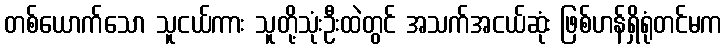
တစ်ယောက်သော သူငယ်ကား သူတို့သုံးဦးထဲတွင် အသက်အငယ်ဆုံး ဖြစ်ဟန်ရှိရုံတင်မက